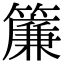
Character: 簾